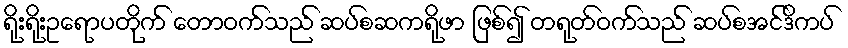
ရိုးရိုးဥရောပတိုက် တောဝက်သည် ဆပ်စဆကရိုဖာ ဖြစ်၍ တရုတ်ဝက်သည် ဆပ်စအင်ဒိကပ်